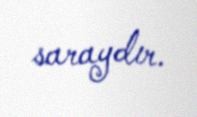
saraydır.